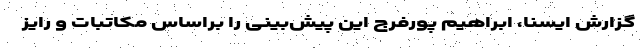
گزارش ایسنا، ابراهیم پورفرج این پیش‌بینی را براساس مکاتبات و رایز